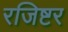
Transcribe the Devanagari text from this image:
रजिष्टर